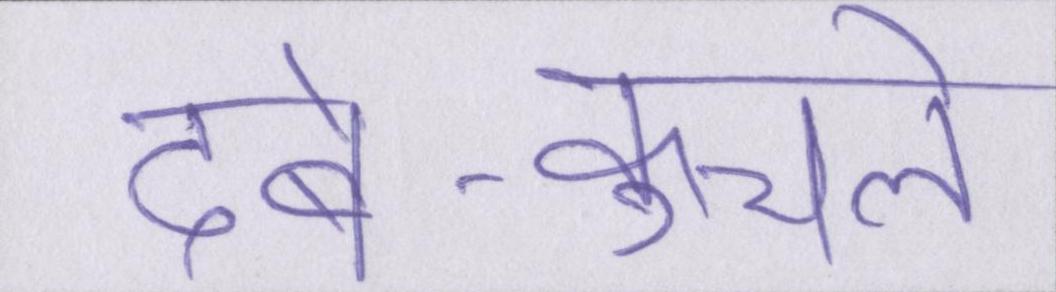
दबे-कुचले